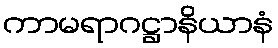
ကာမရာဂဋ္ဌာနိယာနံ